Report on horse surra - Volume I
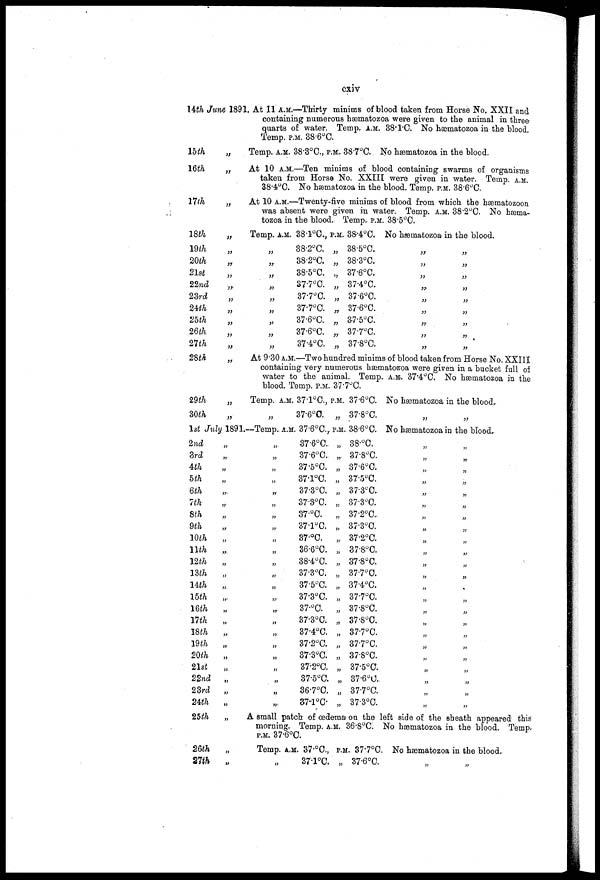
cxiv
14th June 1891. At 11 A.M.—Thirty minims of blood taken from Horse No. XXII and
containing numerous hæmatozoa were given to the animal in three
quarts of water. Temp. A.M. 38.1C No hæmatozoa in the blood.
Temp. P.M. 38.6°C.
15th
„
Temp. A.M. 38.3°C., P.M., 38.7°C. NO hæmatozoa in the blood.
16th
„
At 10 A.M.—Ten minims of blood containing swarms of organisms
taken from. Horse No. XXIII were given in water. Temp. A.M.
38-4°C. No hæmatozoa in the blood. Temp. P.M. 38.6°C.
17th
„
At 10 A.M.—Twenty-five minims of blood from which the hæmatozoon
was absent were given in water. Temp. A.M. 38.2°C. No hæma-
tozoa in the blood. Temp. P.M. 38.5°C.
18th
„
Temp. A.M. 38.1°C., P.M. 38.4°C. No hæmatozoa in the blood.
19th
20th
21st
22nd
23rd
24th
25th
26th
27th
„
„
„
„
„
„
„
„
„
„
„
„
„
„
„
„
„
„
38.2°C.
38.2°C.
38.5°C.
37.7°C.
37.7°C.
37.7°C.
37.6°C.
37.6°C.
37.4°C.
„
„
„
„
„
„
„
„
„
38.5°C.
38.3°C.
37.6°C.
37.4°C.
37.6°C.
37.6°C.
37.5°C.
37.7°C.
37.8°C.
„
„
„
„
„
„
„
„
„
„
„
„
„
„
„
„
„
„
28th
„
At 9.30 A.M.—Two hundred minims of blood taken from Horse No. XXIII
containing very numerous hæmatozoa were given in a bucket full of
water to the animal Temp. A.M. 37.4°C. No hæmatozoa in the
blood. Temp. P.M. 37.7°C.
29th
30th
„
„
1st July 1891.
2nd
3rd
4th
5th
6th
7th
8th
9th
10th
11th
12th
13th
14th
15th
16th
17th
18th
19th
20th
21st
22nd
23rd
24h
„
„
„
„
„
„
„
„
„
„
„
„
„
„
„
„
„
„
„
„
„
„
„
Temp. A.M.
„
—Temp.. A.M
„
„
„
„
„
„
„
„
„
„
„
„
„
„
„
„
„
„
„
„
„
„
„
37.l°C.,
37.6°C.
. 37.6°C,
37.6°C.
37.6°C.
37.5°C.
37.1°C.
37.3°C.
37.3°C.
37.°C.
37.1°C.
37.°C.
36.6°C.
38.4°C.
37.3°C.
37.5°C.
37.3°C.
37. o C.
37.3°C.
37.4°C.
37.2°C.
37.3°C.
37.2°C.
37.5°C.
36.7°C.
37.l°C
P.M.
„
P.M.
„
„
„
„
„
„
„
„
„
„
„
„
„
„
„
„
„
„
„
„
„
„
„
37.6°C.
37.8°C.
38.6°C.
38.°C.
37.8°C.
37.6°C.
37.5°C.
37.3°C.
37.3°C.
37.2°C.
87.3°C.
37.2°C.
37.8°C.
37.8°C.
37.7°C.
37.4°C.
37.7°C.
37.8°C.
37.8°C.
37.7°C.
37.7°C.
37.8°C.
37.5°C.
37.6°C.
37.7°C.
37.3°C.
No hæmatozoa in the blood.
„
„
No hæmatozoa in the blood.
„
„
„
„
„
„
„
„
„
„
„
„
„
„
„
„
„
„
„
„
„
„
„
„
„
„
„
„
„
„
„
„
„
„
„
„
„
„
„
„
„
„
„
„
„
„
25th
„
A small patch of oedema on the left side of the sheath appeared this
morning. Temp. A.M. 36.8°C NO hæmatozoa in the blood. Temp.
P.M. 37.6°C.
26th
27th
„
„
Temp. A.M. 37.°C., P.M. 37.7 O C.
37.l°C. „ 37.6°C.
No hæmatozoa in the blood.
„ „